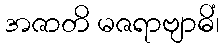
အဇာတိ မဇရာဗျာဓိံ၊